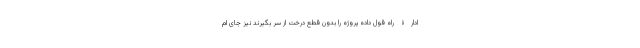
ادارۀ راه قول داده پروژه را بدون قطع درخت از سر بگیرند نیز جای ام